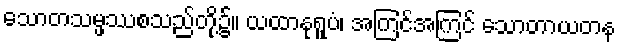
သောတသမ္ဖဿစသည်တို့၌။ ယထာနုရူပံ၊ အကြင်အကြင် သောတာယတန